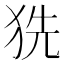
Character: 𤞓